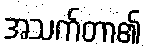
အသက်တာ၏